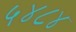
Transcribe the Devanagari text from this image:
५४८४